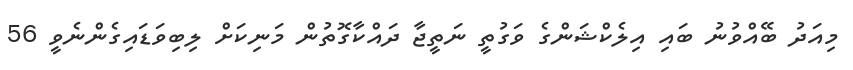
މިއަދު ބޭއްވުނު ބައި އިލެކްޝަންގެ ވަގުތީ ނަތީޖާ ދައްކާގޮތުން މަނިކަށް ލިބިވަޑައިގެންނެވީ 56